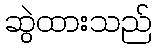
ဆွဲထားသည်